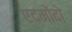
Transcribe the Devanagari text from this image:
एदमोंदो